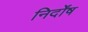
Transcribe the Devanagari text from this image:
निर्दोंष